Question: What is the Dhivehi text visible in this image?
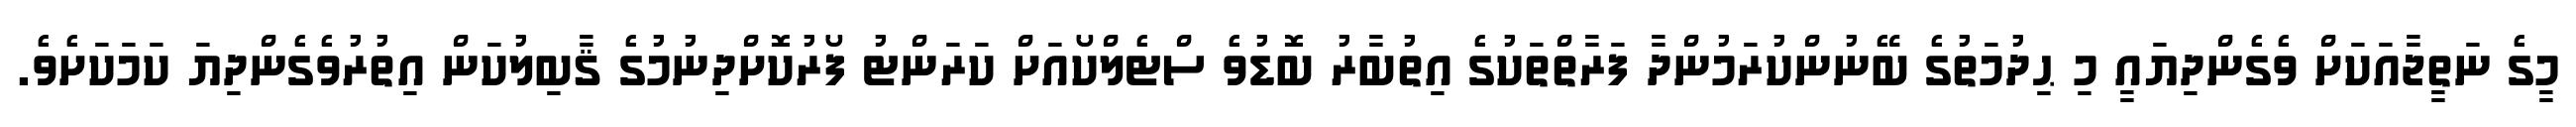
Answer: މީގެ ނަތީޖާއަކަށް ވެގެންދިޔައީ މި ޙިދުމަތުގެ ބޭނުންކުރަމުންދާ ފަރާތްތަކުގެ އިތުބާރު ބޮޑުވެ ސްޓެލްކޯއަށް ކަރަންޓު ފޯރުކޮށްދިނުމުގެ ޤާބިލުކަން އިތުރުވެގެންދިޔަ ކަމަކަށެވެ.